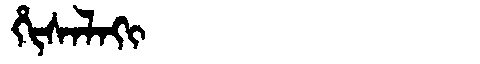
Manchu: ᡥᡳᠰᠠᠯᠠᡴᡳ
Romanization: HISALAKI